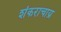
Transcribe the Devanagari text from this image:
शंकराचाय्र